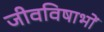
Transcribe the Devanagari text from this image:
जीवविषाभों